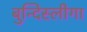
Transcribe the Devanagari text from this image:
बुन्दिस्लीगा